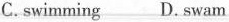
C.swimming D.swam